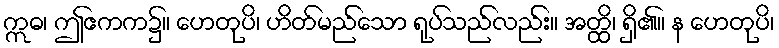
ဣဓ၊ ဤဧကက၌။ ဟေတုပိ၊ ဟိတ်မည်သော ရုပ်သည်လည်း။ အတ္ထိ၊ ရှိ၏။ န ဟေတုပိ၊